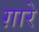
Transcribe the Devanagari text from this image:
ग़ारे